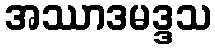
အဿာဒမဒ္ဒသ